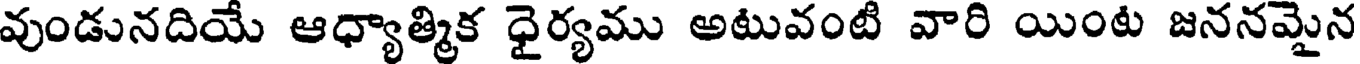
వుండునదియే ఆధ్యాత్మిక ధైర్యము అటువంటి వారి యింట జననమైన